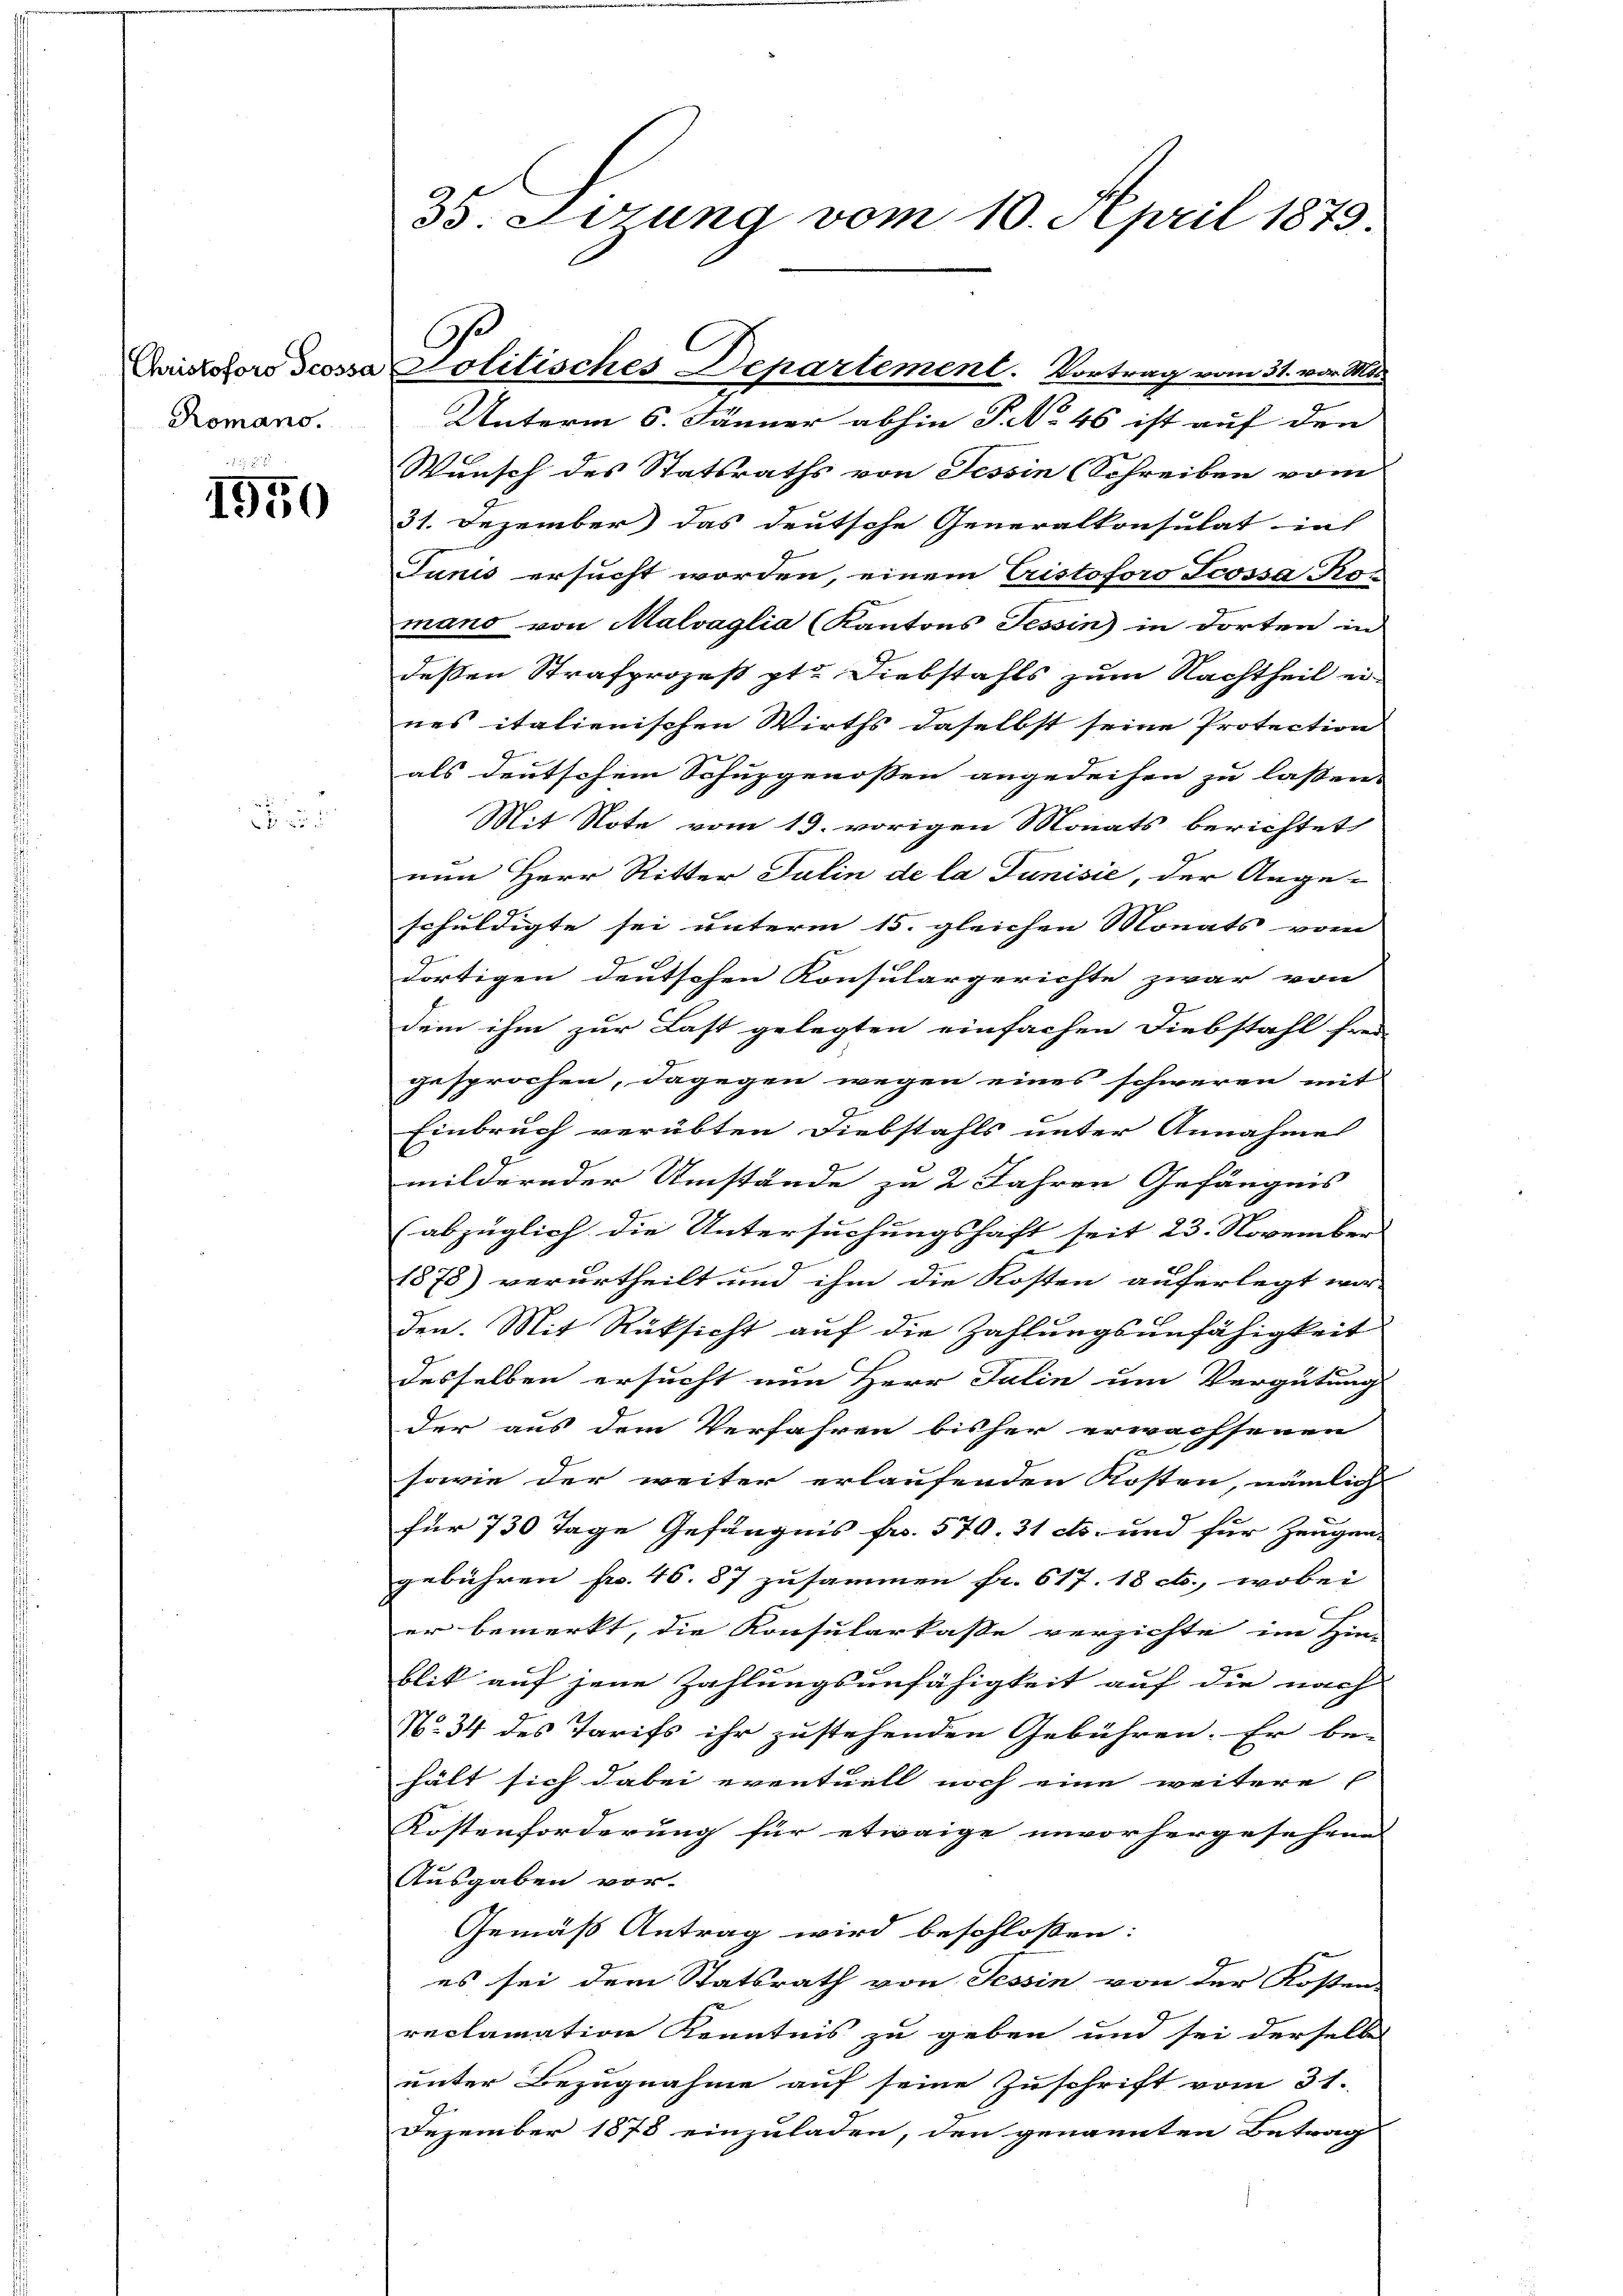
Romans.

1950

e

35. Sizung vom 10. April 1873.

Quistoloro cosa Politisches Departement. Vortrag vom 31. vor. Mts.

Unterm 6. Jänner abhin P. 46 ist auf den |
Wunsch des Statsraths von Tessin (Schreiben vom
31. Dezember das deutsche Generalkonsulat in
Junis ersucht worden, einem Cristoforo Scossa Ro-
mand von Malvaglia (Kantons Tessin in dorten in
deßen Strafprozeß pt. Diebstahls zum Nachtheil ei
nes italienischen Wirths daselbst seine Protection
als deutschem Schuzgenossen angedeihen zu lassen.
Mit Note vom 19. vorigen Monats berichtet
nun Herr Ritter Julin de la Junisie, der Ange-
schuldigte sei unterm 15. gleichen Monats vom |
dortigen deutschen Konsulargerichte zwar von
Dem ihm zur Last gelegten einfachen Diebstahl frei
gesprochen, dagegen wegen eines schweren mit
Einbruch verübten Diebstahls unter Annahme
mildernder Umstände zu 2 Jahren Gefängnis
(abzüglich die Untersuchungshaft seit 23. November
1878) verurtheilt und ihm die Kosten auferlegt wor-
den. Mit Rüksicht auf die Zahlungsunfähigkeit
desselben ersucht nun Herr Jalin um Vergütung
der aus dem Verfahren bisher erwachsenen
E
sowie der weiter erlaufenden Kosten, nämlich
für 730 Tage Gefängnis fr. 570. 31 cts. und für Zeugen-
gebühren fr. 46. 87 zusammen fr. 617. 18 ct., wobei |
er bemerkt, die Konsularkasse verzichte im Hin-
blit auf jene Zahlungsunfähigkeit auf die nach
N. 34 des Tarifs ihr zustehenden Gebühren. Er be-
hält sich dabei eventuell noch eine weitere |
Kostenforderung für etwaige unvorhergesehene |
Ausgaben vor-
Gemäß Antrag wird beschlossen:
es sei dem Statsrath von Tessin von der Kosten
reclamation Kenntnis zu geben und sei derselben
unter Bezugnahme auf seine Zuschrift vom 31.
Dezember 1878 einzuladen, den genannten Betrag